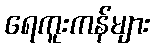
ရေကူးကန်များ